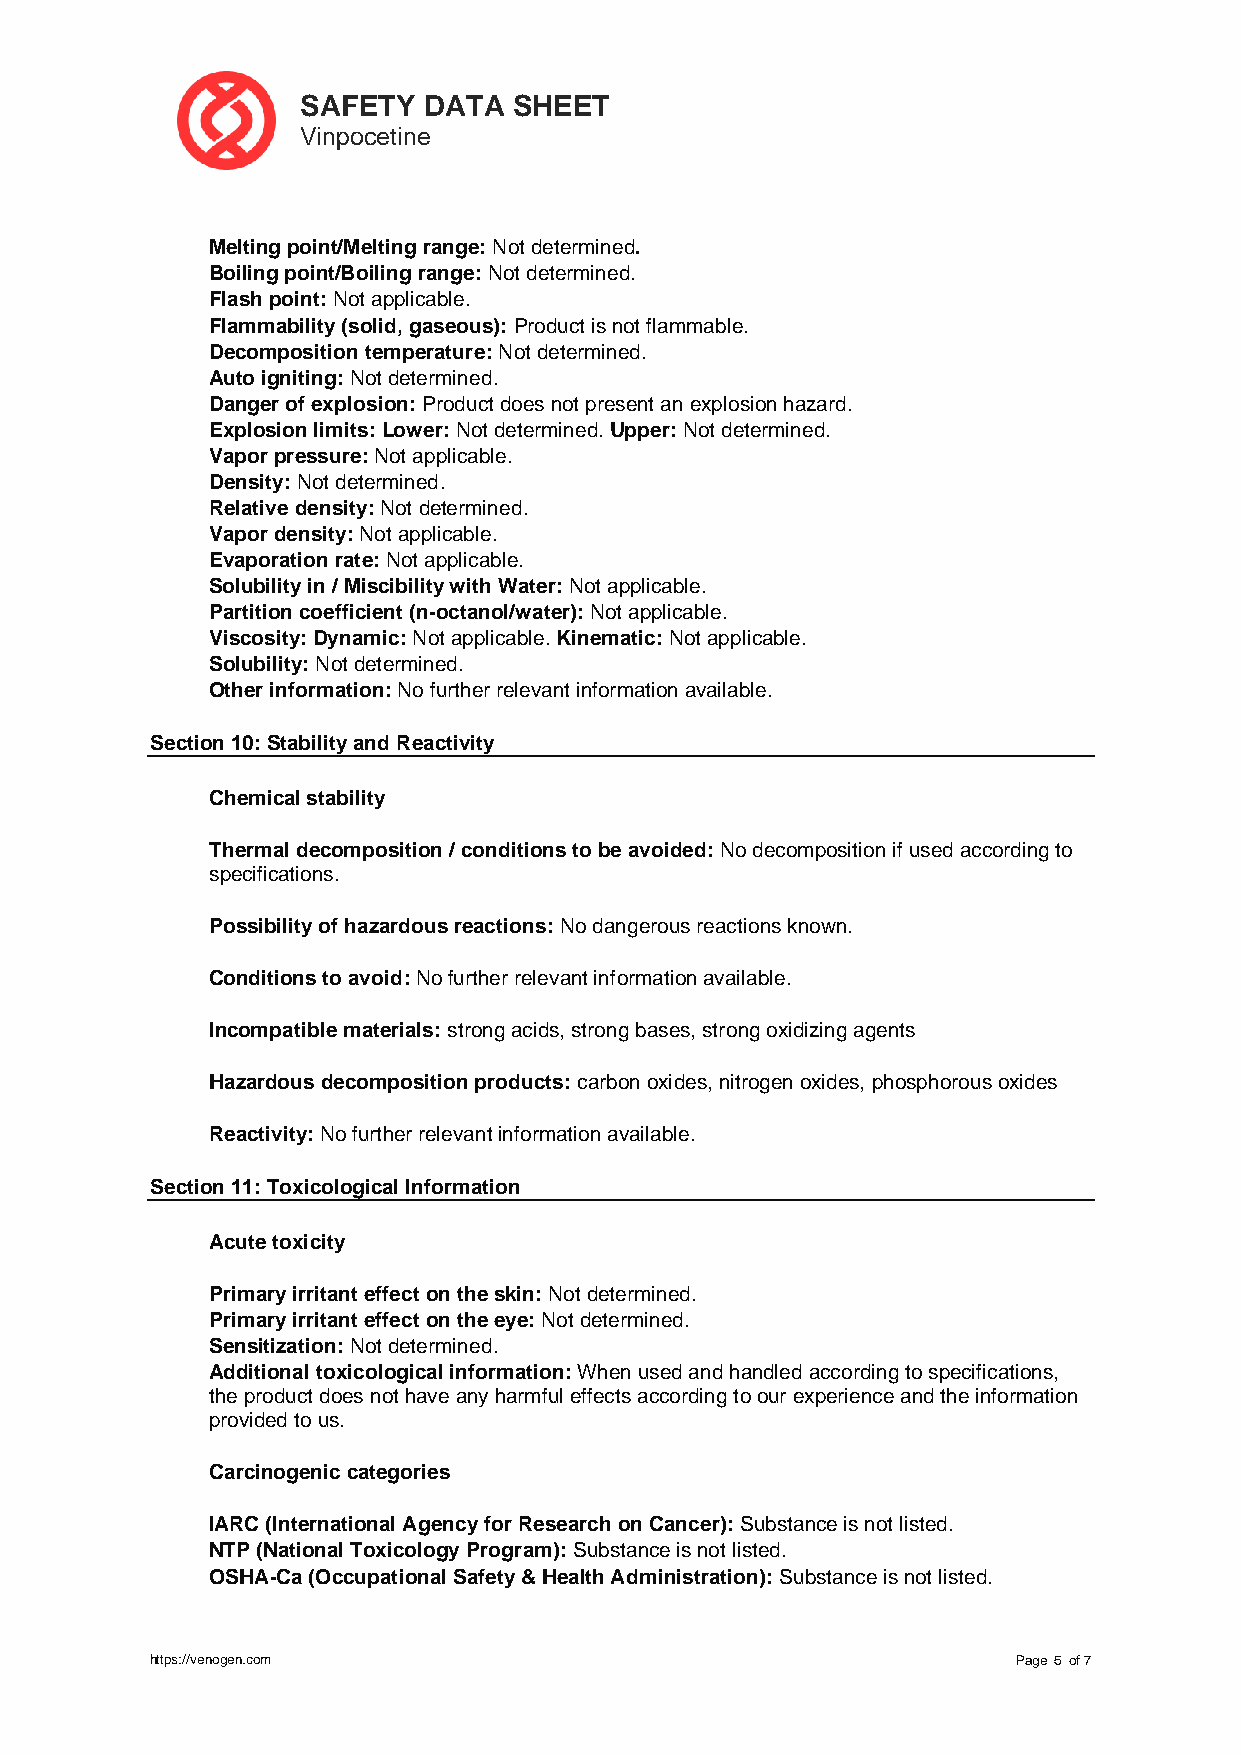
SAFETY  DATA  SHEET
 Vinpocetine
 Melting point/Melting range: Not determined.
 Boiling point/Boiling range: Not determined.
 Flash point: Not applicable.
 Flammability (solid, gaseous): Product is not flammable.
 Decomposition temperature: Not determined.
 Auto igniting: Not determined.
 Danger of explosion: Product does not present an explosion hazard.
 Explosion limits: Lower: Not determined. Upper: Not determined.
 Vapor pressure: Not applicable.
 Density: Not determined.
 Relative density: Not determined.
 Vapor density: Not applicable.
 Evaporation rate: Not applicable.
 Solubility in / Miscibility with Water: Not applicable.
 Partition coefficient (n-octanol/water): Not applicable.
 Viscosity: Dynamic: Not applicable. Kinematic: Not applicable.
 Solubility: Not determined.
 Other information: No further relevant information available.
 Section 10: Stability and Reactivity
 Chemical stability
 Thermal decomposition / conditions to be avoided: No decomposition if used according to
 specifications.
 Possibility of hazardous reactions: No dangerous reactions known.
 Conditions to avoid: No further relevant information available.
 Incompatible materials: strong acids, strong bases, strong oxidizing agents
 Hazardous decomposition products: carbon oxides, nitrogen oxides, phosphorous oxides
 Reactivity: No further relevant information available.
 Section 11: Toxicological Information
 Acute toxicity
 Primary irritant effect on the skin: Not determined.
 Primary irritant effect on the eye: Not determined.
 Sensitization: Not determined.
 Additional toxicological information: When used and handled according to specifications,
 the product does not have any harmful effects according to our experience and the information
 provided to us.
 Carcinogenic categories
 IARC (International Agency for Research on Cancer): Substance is not listed.
 NTP (National Toxicology Program): Substance is not listed.
 OSHA-Ca (Occupational Safety & Health Administration): Substance is not listed.
 https://venogen.com                                      Page ５ of 7